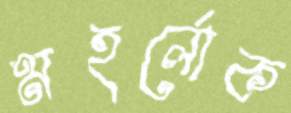
মহর্লোক